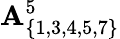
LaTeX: \mathbf{A}_{\{ 1,3,4,5,7\} }^{5}